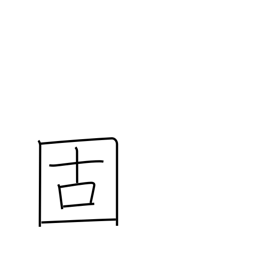
Meaning: set